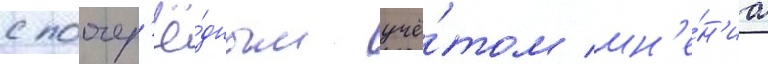
с поочер'ё́дным учё́том мн'е́н'иа